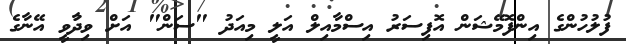
ފުލުހުންގެ އިންފޮމޭޝަން އޮފިސަރު އިސްމާއިލް އަލީ މިއަދު "ސަން" އަށް ވިދާުވީ އޭނާގެ